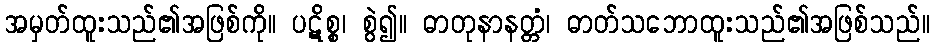
အမှတ်ထူးသည်၏အဖြစ်ကို။ ပဋိစ္စ၊ စွဲ၍။ ဓာတုနာနတ္တံ၊ ဓာတ်သဘောထူးသည်၏အဖြစ်သည်။